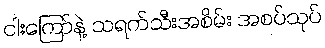
ငါးကြော်နဲ့ သရက်သီးအစိမ်း အစပ်သုပ်